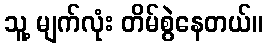
သူ့ မျက်လုံး တိမ်စွဲနေတယ်။